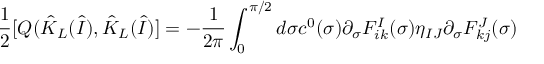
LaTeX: \frac { 1 } { 2 } [ Q ( \hat { K } _ { L } ( \hat { I } ) , \hat { K } _ { L } ( \hat { I } ) ] = - \frac { 1 } { 2 \pi } \int _ { 0 } ^ { \pi / 2 } d \sigma c ^ { 0 } ( \sigma ) \partial _ { \sigma } F _ { i k } ^ { I } ( \sigma ) \eta _ { I J } \partial _ { \sigma } F _ { k j } ^ { J } ( \sigma )